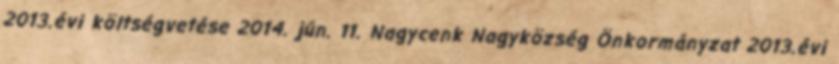
2013.évi költségvetése 2014. jún. 11. Nagycenk Nagyközség Önkormányzat 2013.évi